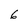
Character: 6